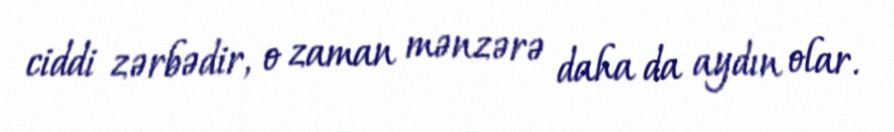
ciddi zərbədir, o zaman mənzərə daha da aydın olar.